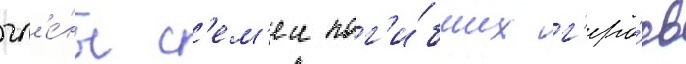
чл'е́ны с'ем'еи пог'и́бших г'еро́ев